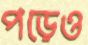
পড়েও